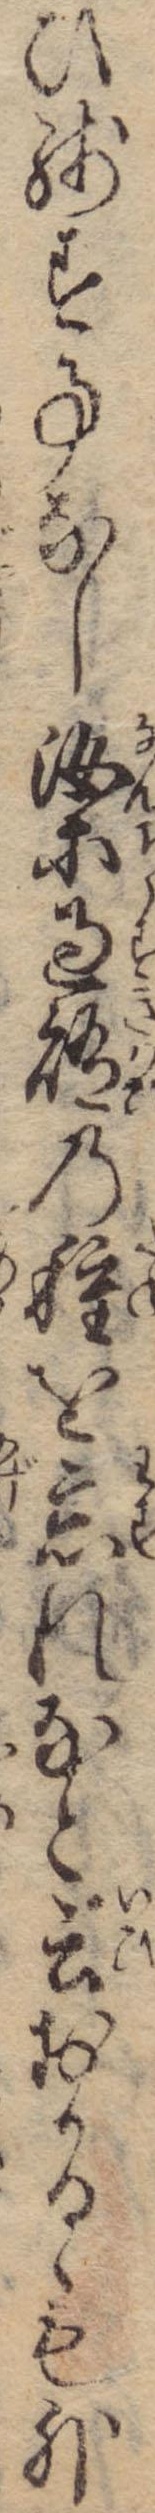
ひ残す事なし汝等過賄の種を忘れなと云おかるゝも外